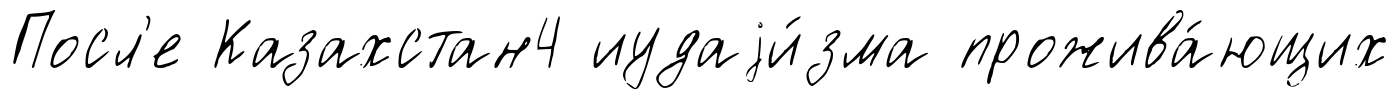
Посл'е Казахстан4 иудаjи́зма прожива́ющих